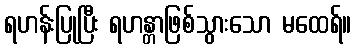
ရဟန်းပြုပြီး ရဟန္တာဖြစ်သွားသော မထေရ်။